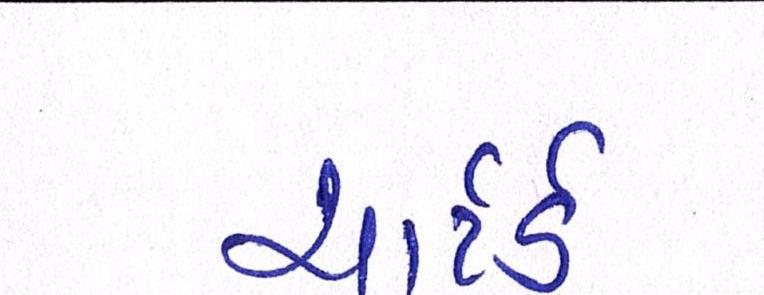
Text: ચાર્ટર્ડ